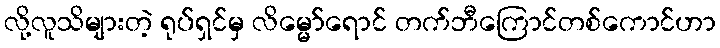
လို့လူသိများတဲ့ ရုပ်ရှင်မှ လိမ္မော်ရောင် တက်ဘီကြောင်တစ်ကောင်ဟာ